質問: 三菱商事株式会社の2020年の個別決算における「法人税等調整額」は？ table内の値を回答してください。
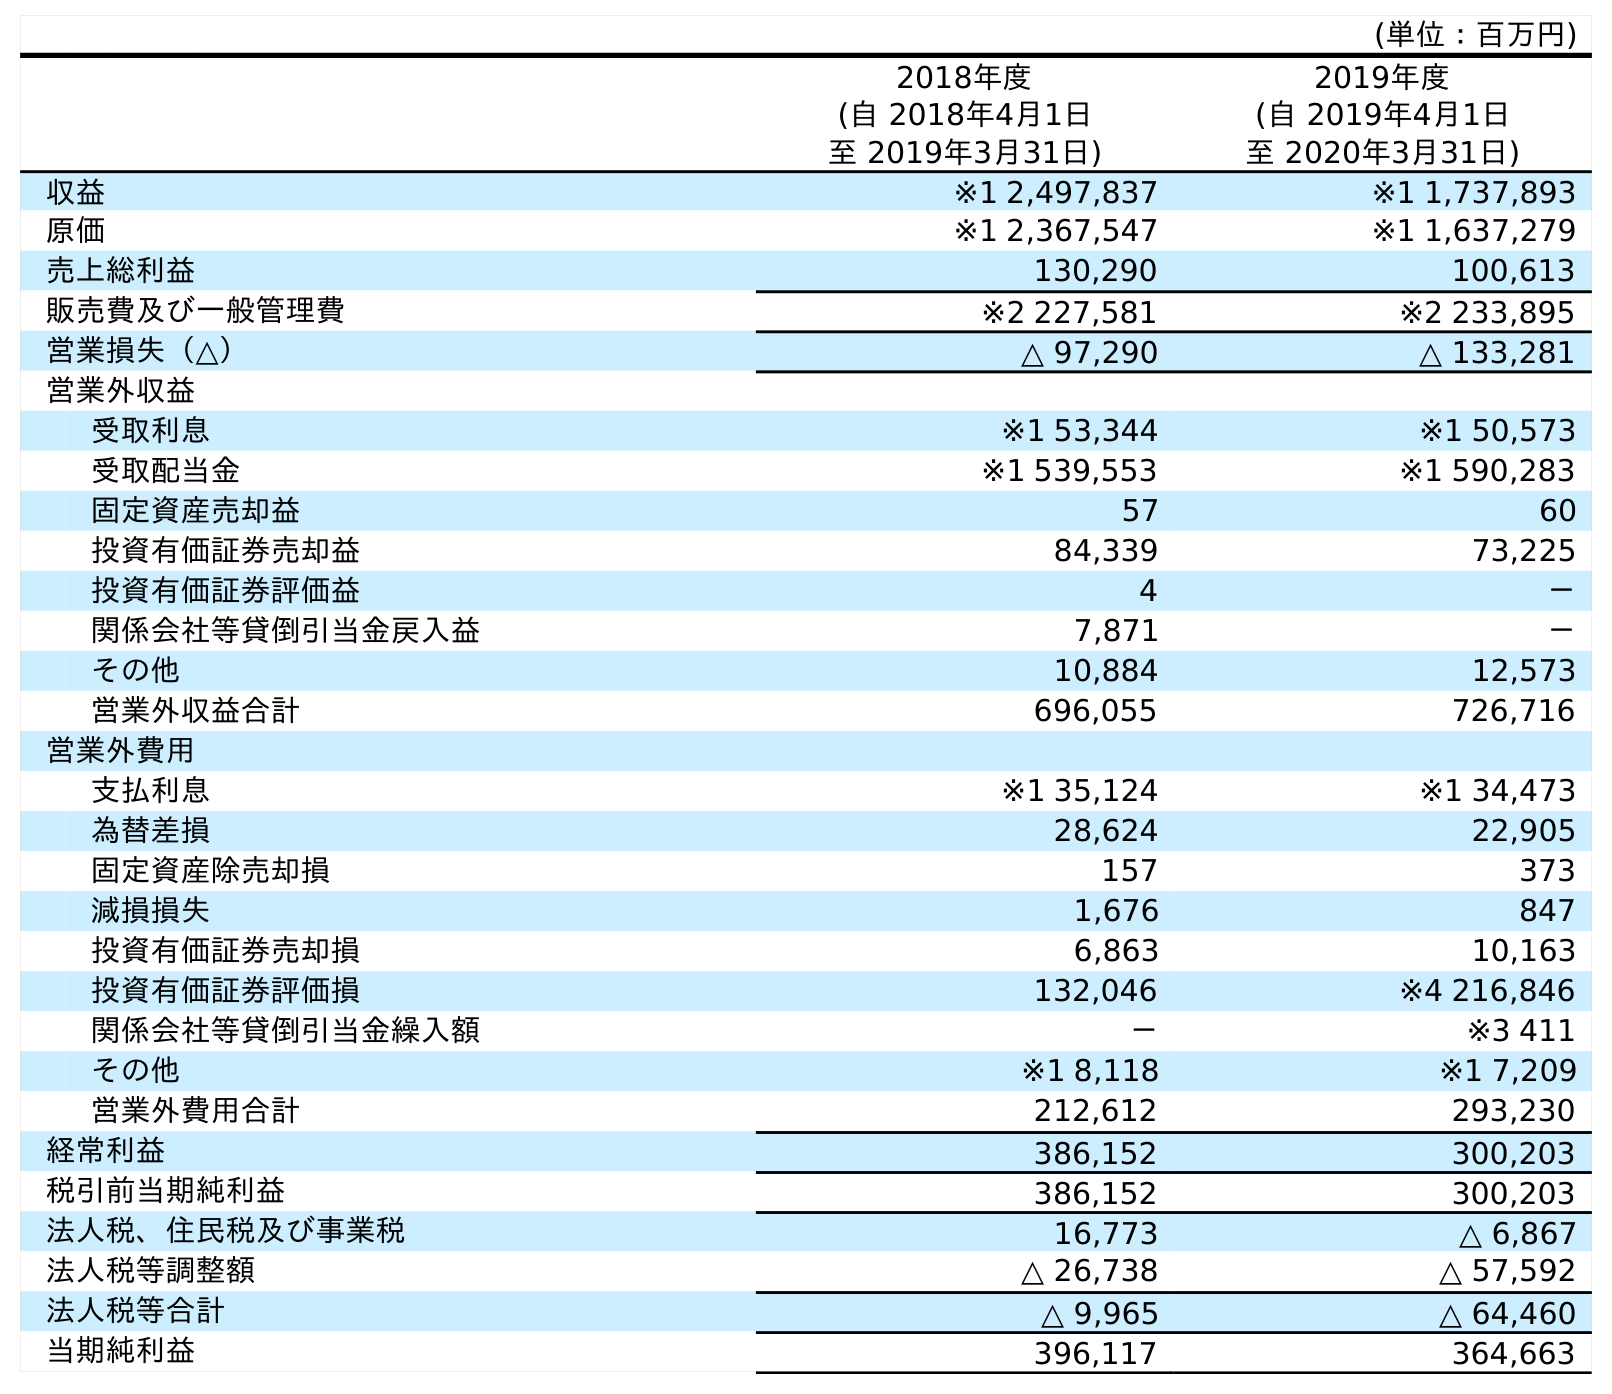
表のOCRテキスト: (単位：百万円) 2018年度 (自 2018年4月1日 至 2019年3月31日) 2019年度 (自 2019年4月1日 至 2020年3月31日) 収益 ※1 2,497,837 ※1 1,737,893 原価 ※1 2,367,547 ※1 1,637,279 売上総利益 130,290 100,613 販売費及び一般管理費 ※2 227,581 ※2 233,895 営業損失（△） △ 97,290 △ 133,281 営業外収益 受取利息 ※1 53,344 ※1 50,573 受取配当金 ※1 539,553 ※1 590,283 固定資産売却益 57 60 投資有価証券売却益 84,339 73,225 投資有価証券評価益 4 － 関係会社等貸倒引当金戻入益 7,871 － その他 10,884 12,573 営業外収益合計 696,055 726,716 営業外費用 支払利息 ※1 35,124 ※1 34,473 為替差損 28,624 22,905 固定資産除売却損 157 373 減損損失 1,676 847 投資有価証券売却損 6,863 10,163 投資有価証券評価損 132,046 ※4 216,846 関係会社等貸倒引当金繰入額 － ※3 411 その他 ※1 8,118 ※1 7,209 営業外費用合計 212,612 293,230 経常利益 386,152 300,203 税引前当期純利益 386,152 300,203 法人税、住民税及び事業税 16,773 △ 6,867 法人税等調整額 △ 26,738 △ 57,592 法人税等合計 △ 9,965 △ 64,460 当期純利益 396,117 364,663
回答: △57,592